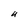
Character: U